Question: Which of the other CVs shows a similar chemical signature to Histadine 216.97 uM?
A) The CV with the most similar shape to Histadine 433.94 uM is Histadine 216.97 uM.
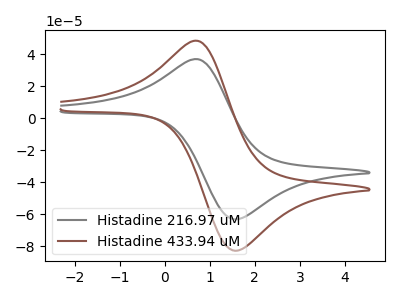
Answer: <think>The gray curve "Histadine 216.97 uM" has an anodic peak at (0.75V, 36.80uA) and a cathodic peak at (1.55V, -63.15uA). The brown curve "Histadine 433.94 uM" has an anodic peak at (0.75V, 48.25uA) and a cathodic peak at (1.55V, -82.75uA).
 All the peaks in "Histadine 216.97 uM" have a peak in "Histadine 433.94 uM" at the same potential. Every peak in "Histadine 216.97 uM" is lower than every peak in "Histadine 433.94 uM".</think>
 <answer>A) The CV with the most similar shape to "Histadine 433.94 uM" is "Histadine 216.97 uM".</answer>
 <eval>A</eval>